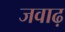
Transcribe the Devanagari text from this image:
जवाढ़